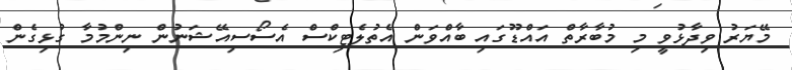
މޭޔަރު ވިދާޅުވީ މި މުބާރާތް އައްޑޫގައި ބާއްވަން އެތުލެޓިކްސް އެސޯސިއޭޝަނުން ނިންމުމާ ގުޅިގެން